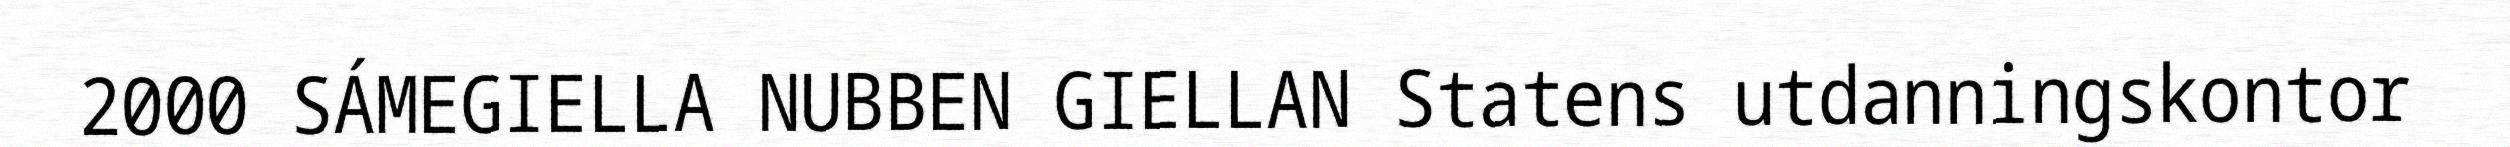
2000 SÁMEGIELLA NUBBEN GIELLAN Statens utdanningskontor